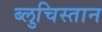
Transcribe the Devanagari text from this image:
ब्लुचिस्तान